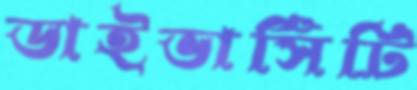
ডাইভার্সিটি